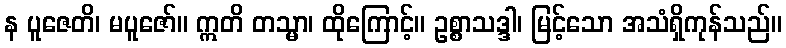
န ပူဇေတိ၊ မပူဇော်။ ဣတိ တသ္မာ၊ ထိုကြောင့်။ ဥစ္စာသဒ္ဒါ၊ မြင့်သော အသံရှိကုန်သည်။